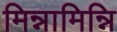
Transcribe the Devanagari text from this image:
मिन्नामिन्नि